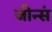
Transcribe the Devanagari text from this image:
जीन्सं